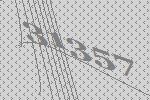
31357